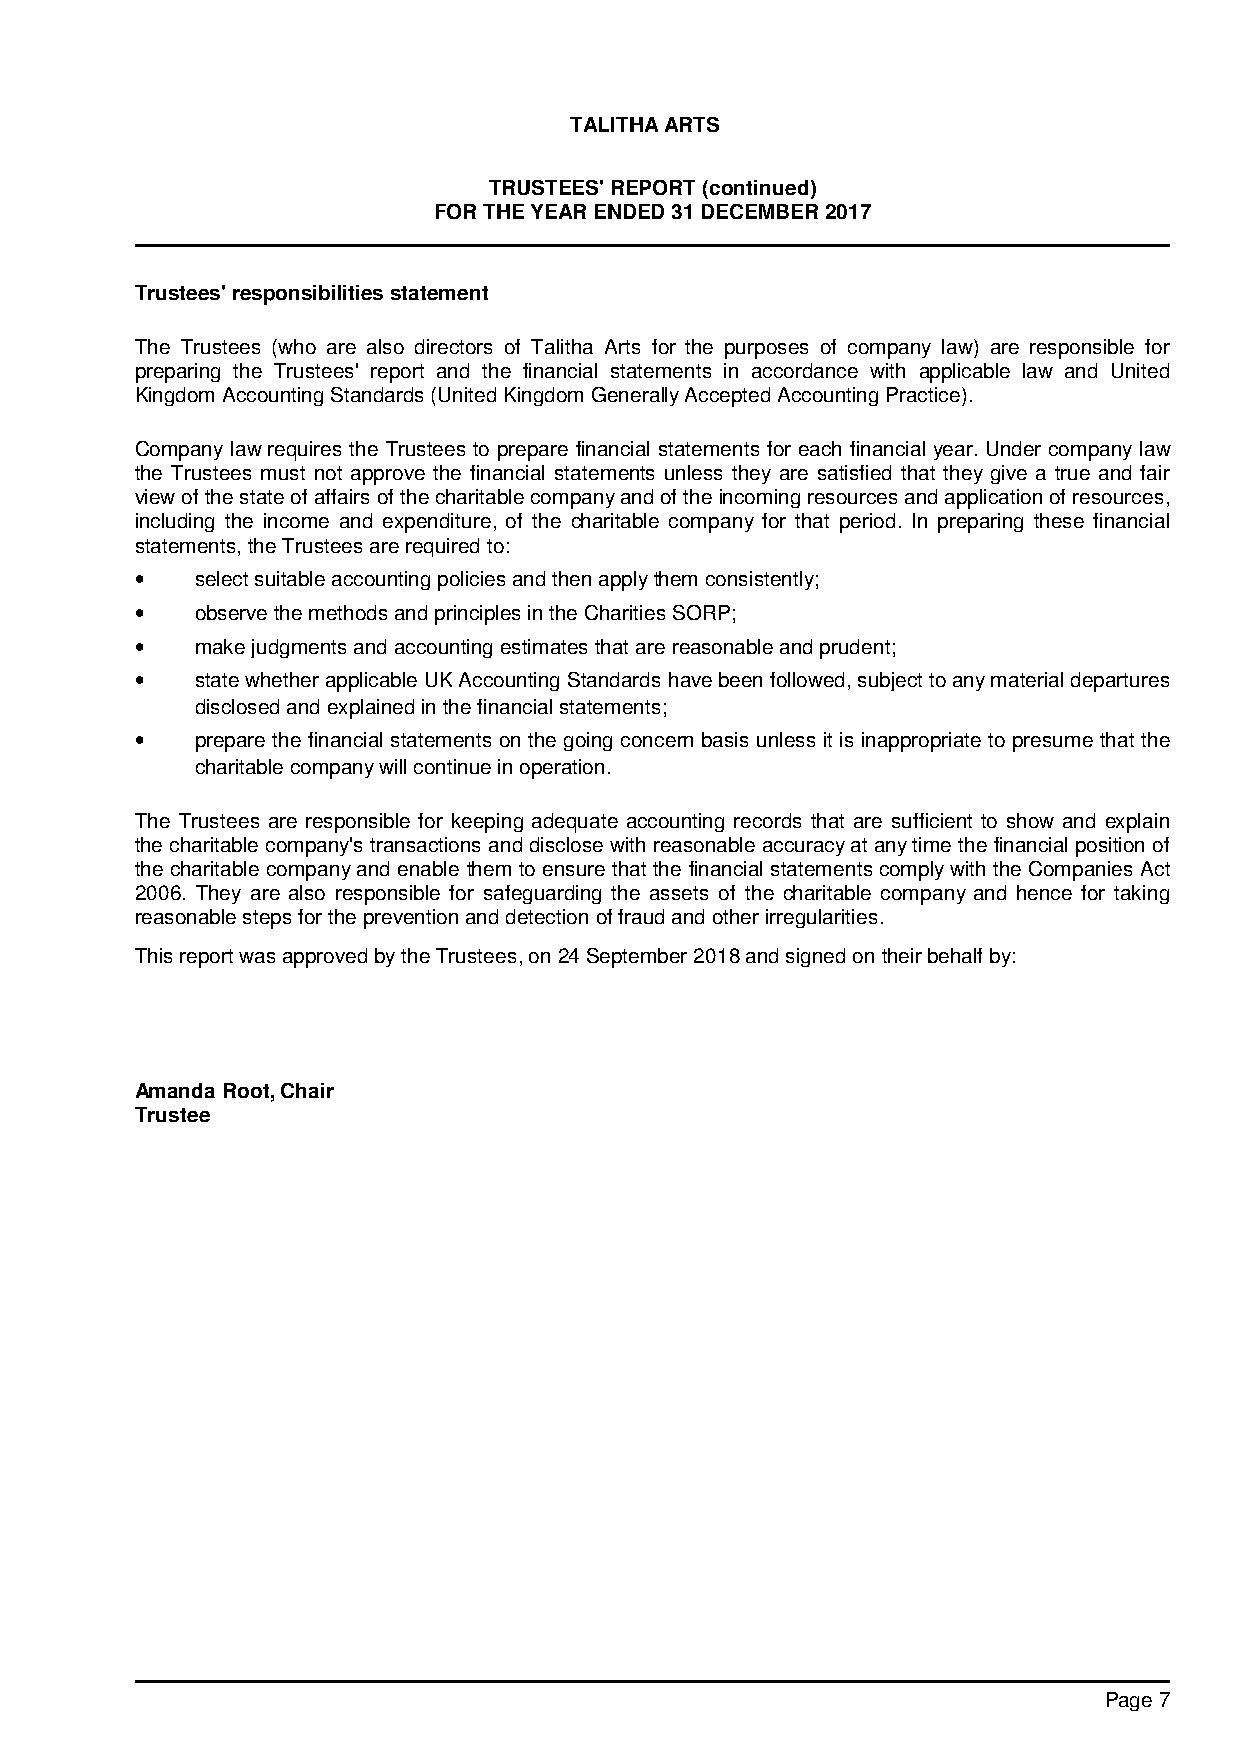
TALITHA ARTS
 TRUSTEES' REPORT (continued)
 FOR THE YEAR ENDED 31 DECEMBER 2017
 Trustees' responsibilities statement
 The Trustees (who are also directors of Talitha Arts for the purposes of company law) are responsible for
 preparing the Trustees' report and the financial statements in accordance with applicable law and United
 Kingdom Accounting Standards (United Kingdom Generally Accepted Accounting Practice).
 Company law requires the Trustees to prepare financial statements for each financial year. Under company law
 the Trustees must not approve the financial statements unless they are satisfied that they give a true and fair
 view of the state of affairs of the charitable company and of the incoming resources and application of resources,
 including the income and expenditure, of the charitable company for that period. In preparing these financial
 statements, the Trustees are required to:
 •   select suitable accounting policies and then apply them consistently;
 •   observe the methods and principles in the Charities SORP;
 •   make judgments and accounting estimates that are reasonable and prudent;
 •   state whether applicable UK Accounting Standards have been followed, subject to any material departures
 disclosed and explained in the financial statements;
 •   prepare the financial statements on the going concern basis unless it is inappropriate to presume that the
 charitable company will continue in operation.
 The Trustees are responsible for keeping adequate accounting records that are sufficient to show and explain
 the charitable company's transactions and disclose with reasonable accuracy at any time the financial position of
 the charitable company and enable them to ensure that the financial statements comply with the Companies Act
 2006. They are also responsible for safeguarding the assets of the charitable company and hence for taking
 reasonable steps for the prevention and detection of fraud and other irregularities.
 This report was approved by the Trustees, on 24 September 2018 and signed on their behalf by:
 Amanda Root, Chair
 Trustee
 Page 7